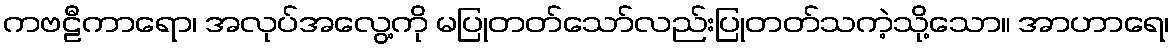
ကဗဠီကာရော၊ အလုပ်အလွေ့ကို မပြုတတ်သော်လည်းပြုတတ်သကဲ့သို့သော။ အာဟာရေ၊